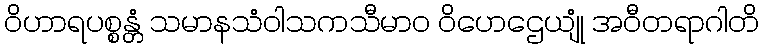
ဝိဟာရပစ္စန္တံ သမာနသံဝါသကသီမာဝ ဝိဟေဌေယျုံ အဝီတရာဂါတိ